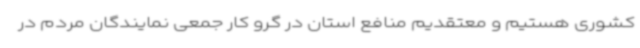
کشوری هستیم و معتقدیم منافع استان در گرو کار جمعی نمایندگان مردم در